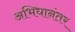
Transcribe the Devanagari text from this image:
अभिधानंतर